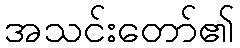
အသင်းတော်၏